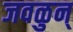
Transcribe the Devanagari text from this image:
जवळुन्